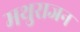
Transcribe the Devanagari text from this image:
मथुराजन